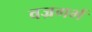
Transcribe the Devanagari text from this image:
वज्रगर्भ